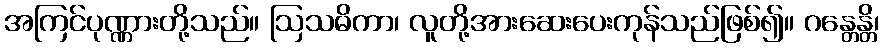
အကြင်ပုဏ္ဏားတို့သည်။ ဩသဓိကာ၊ လူတို့အားဆေးပေးကုန်သည်ဖြစ်၍။ ဂန္တေန္တိ၊